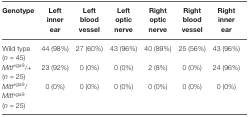
<table><thead><tr><td><b>Genotype</b></td><td><b>Left inner ear</b></td><td><b>Left blood vessel</b></td><td><b>Left optic nerve</b></td><td><b>Right optic nerve</b></td><td><b>Right blood vessel</b></td><td><b>Right inner ear</b></td></tr></thead><tbody><tr><td>Wild type (<i>n</i> = 45)</td><td>44 (98%)</td><td>27 (60%)</td><td>43 (96%)</td><td>40 (89%)</td><td>25 (56%)</td><td>43 (96%)</td></tr><tr><td><i>Mitf</i><sup>vga9</sup>/+ (<i>n</i> = 25)</td><td>23 (92%)</td><td>0 (0%)</td><td>0 (0%)</td><td>2 (8%)</td><td>0 (0%)</td><td>24 (96%)</td></tr><tr><td><i>Mitf</i><sup>vga9</sup>/<i>Mitf</i><sup>vga9</sup> (<i>n</i> = 25)</td><td>0 (0%)</td><td>0 (0%)</td><td>0 (0%)</td><td>0 (0%)</td><td>0 (0%)</td><td>0 (0%)</td></tr></tbody></table>